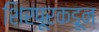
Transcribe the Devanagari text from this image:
शिरपूरकडून